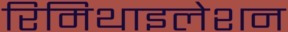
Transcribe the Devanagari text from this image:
रिमिथाइलेशन